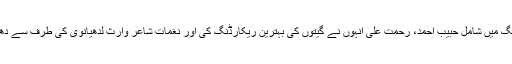
فلم کی لسٹ ریکارڈنگ میں شامل حبیب احمد، رحمت علی انہوں نے گیتوں کی بہترین ریکارڈنگ کی اور نغمات شاعر وارث لدھیانوی کی طرف سے دھنیں بنے ہوئے تھے۔